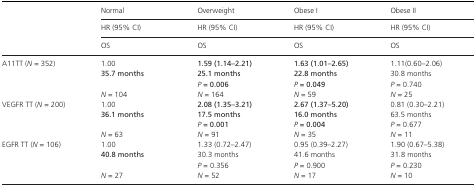
<table><thead><tr><td>[EMPTY_CELL]</td><td><b>Normal</b></td><td><b>Overweight</b></td><td><b>Obese I</b></td><td><b>Obese II</b></td></tr><tr><td>[EMPTY_CELL]</td><td><b>HR (95% CI)</b></td><td><b>HR (95% CI)</b></td><td><b>HR (95% CI)</b></td><td><b>HR (95% CI)</b></td></tr><tr><td>[EMPTY_CELL]</td><td><b>OS</b></td><td><b>OS</b></td><td><b>OS</b></td><td><b>OS</b></td></tr></thead><tbody><tr><td rowspan="4">A11TT (<i>N</i> = 352)</td><td>1.00</td><td><b>1.59 (1.14–2.21)</b></td><td><b>1.63 (1.01–2.65)</b></td><td>1.11(0.60–2.06)</td></tr><tr><td><b>35.7 months</b></td><td><b>25.1 months</b></td><td><b>22.8 months</b></td><td>30.8 months</td></tr><tr><td>[EMPTY_CELL]</td><td><i><b>P</b></i><b> = 0.006</b></td><td><i><b>P</b></i><b> = 0.049</b></td><td><i>P</i> = 0.740</td></tr><tr><td><i>N</i> = 104</td><td><i>N</i> = 164</td><td><i>N</i> = 59</td><td><i>N</i> = 25</td></tr><tr><td rowspan="4">VEGFR TT (<i>N</i> = 200)</td><td>1.00</td><td><b>2.08 (1.35–3.21)</b></td><td><b>2.67 (1.37–5.20)</b></td><td>0.81 (0.30–2.21)</td></tr><tr><td><b>36.1 months</b></td><td><b>17.5 months</b></td><td><b>16.0 months</b></td><td>63.5 months</td></tr><tr><td>[EMPTY_CELL]</td><td><i><b>P</b></i><b> = 0.001</b></td><td><i><b>P</b></i><b> = 0.004</b></td><td><i>P</i> = 0.677</td></tr><tr><td><i>N</i> = 63</td><td><i>N</i> = 91</td><td><i>N</i> = 35</td><td><i>N</i> = 11</td></tr><tr><td rowspan="4">EGFR TT (<i>N</i> = 106)</td><td>1.00</td><td>1.33 (0.72–2.47)</td><td>0.95 (0.39–2.27)</td><td>1.90 (0.67–5.38)</td></tr><tr><td><b>40.8 months</b></td><td>30.3 months</td><td>41.6 months</td><td>31.8 months</td></tr><tr><td>[EMPTY_CELL]</td><td><i>P</i> = 0.356</td><td><i>P</i> = 0.900</td><td><i>P</i> = 0.230</td></tr><tr><td><i>N</i> = 27</td><td><i>N</i> = 52</td><td><i>N</i> = 17</td><td><i>N</i> = 10</td></tr></tbody></table>